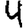
Digit: 4